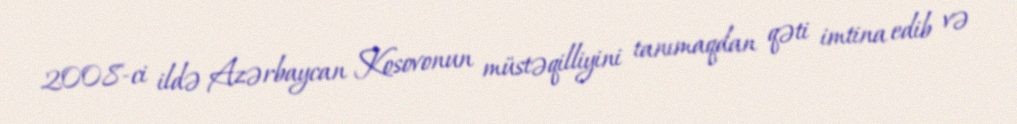
2008-ci ildə Azərbaycan Kosovonun müstəqilliyini tanımaqdan qəti imtina edib və